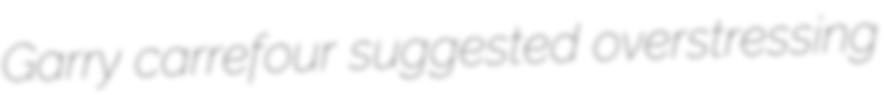
Garry carrefour suggested overstressing